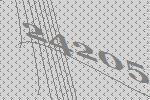
24205